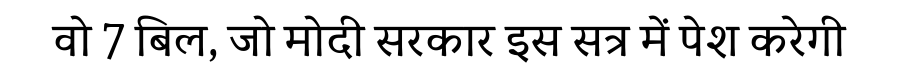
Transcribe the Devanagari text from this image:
वो 7 बिल, जो मोदी सरकार इस सत्र में पेश करेगी